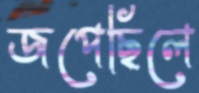
জপেছিলে